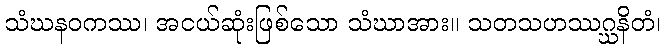
သံဃနဝကဿ၊ အငယ်ဆုံးဖြစ်သော သံဃာအား။ သတသဟဿဂ္ဃနိတံ၊